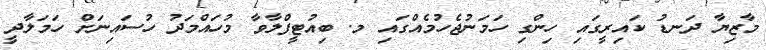
މާޒިޔާ ދަނޑު ކައިރީގައި ހިންގި ހަމަނުޖެހުމެއްގައި މ. ބިއުޓީފްލާވާ މުހައްމަދު ހުސައިނަށް ހަމަލާދީ